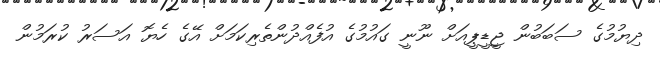
ދިޔުމުގެ ސަބަބުން ޖީޑީޕީއަށް ނޫނީ ގައުމުގެ އުފެއްދުންތެރިކަމަށް އޭގެ ހެޔޮ އަސަރު ކުރަމުން